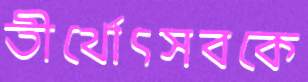
তীর্থোৎসবকে